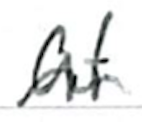
Text: at
Cross-out: wave
Writing tool: ballpoint